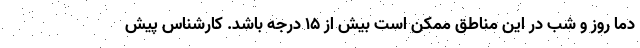
دما روز و شب در این مناطق ممکن است بیش از ۱۵ درجه باشد. کارشناس پیش